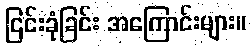
ငြင်းခုံခြင်း အကြောင်းများ။